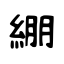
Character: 綳